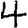
Digit: 4